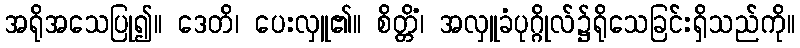
အရိုအသေပြု၍။ ဒေတိ၊ ပေးလှူ၏။ စိတ္တိံ၊ အလှူခံပုဂ္ဂိုလ်၌ရိုသေခြင်းရှိသည်ကို။